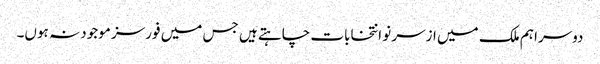
دوسرا ہم ملک میں ازسر نو انتخابات چاہتے ہیں جس میں فورسز موجود نہ ہوں۔